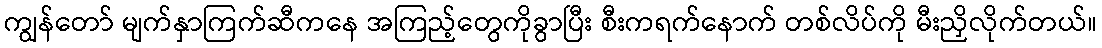
ကျွန်တော် မျက်နှာကြက်ဆီကနေ အကြည့်တွေကိုခွာပြီး စီးကရက်နောက် တစ်လိပ်ကို မီးညှိလိုက်တယ်။